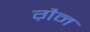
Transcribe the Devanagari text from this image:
ग़ैन